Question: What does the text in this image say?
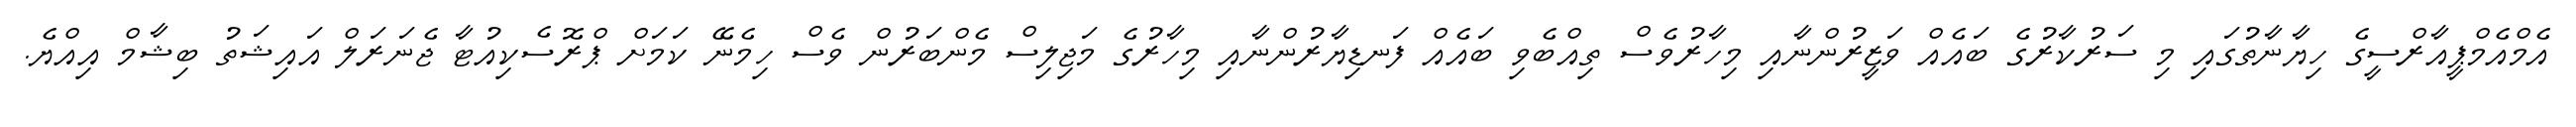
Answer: އެމްއެމްޕީއާރްސީގެ ހިޔާނާތުގައި މި ސަރުކާރުގެ ބައެއް ވަޒީރުންނާއި މިހާރުވެސް ތިއްބެވި ބައެއް ފަނޑިޔާރުންނާއި މިހާރުގެ މަޖިލިސް މެންބަރުން ވެސް ހިމެނޭ ކަމަށް ޕްރޮސެކިއުޓާ ޖެނަރަލް އައިޝަތު ބިޝާމް އިއްޔެ.